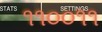
૧૧૦૦૧૧